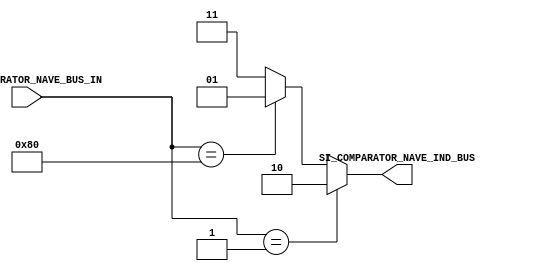

//=======================================================
//  MODULE Definition
//=======================================================

module SI_COMPARATOR_NAVE
(

SI_COMPARATOR_NAVE_BUS_IN,
SI_COMPARATOR_NAVE_IND_BUS

);

//=======================================================
//  PARAMETER declarations
//=======================================================

//=======================================================
//  PORT declarations
//=======================================================

input [7:0] SI_COMPARATOR_NAVE_BUS_IN;
output [1:0] SI_COMPARATOR_NAVE_IND_BUS;

//=======================================================
//  REG/WIRE declarations
//=======================================================

reg [1:0] bus_out_indicator; 

//=======================================================
//  Structural coding
//=======================================================

always @(*)

begin

if (SI_COMPARATOR_NAVE_BUS_IN == 8'b00000001)
bus_out_indicator = 2'b10;

else if (SI_COMPARATOR_NAVE_BUS_IN == 8'b10000000)
bus_out_indicator = 2'b01;

else 
bus_out_indicator = 2'b11;  

end

assign SI_COMPARATOR_NAVE_IND_BUS = bus_out_indicator; 

endmodule